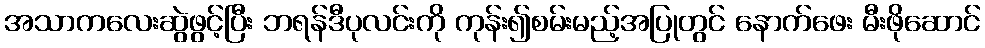
အသာကလေးဆွဲဖွင့်ပြီး ဘရန်ဒီပုလင်းကို ကုန်း၍စမ်းမည့်အပြုတွင် နောက်ဖေး မီးဖိုဆောင်